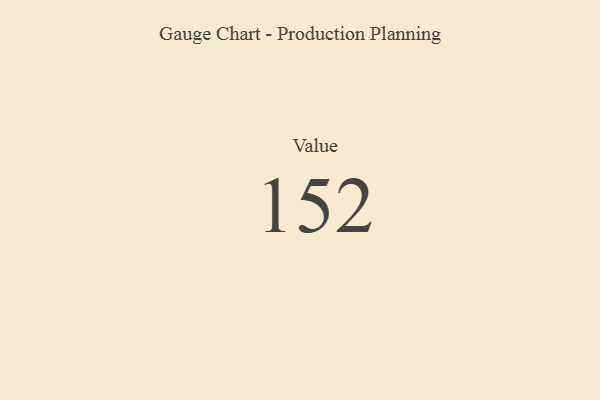
{"axis": {"x": "Metric", "y": "Value"}, "legend": [""], "data": [{"x": "Value", "y": 152, "type": ""}]}